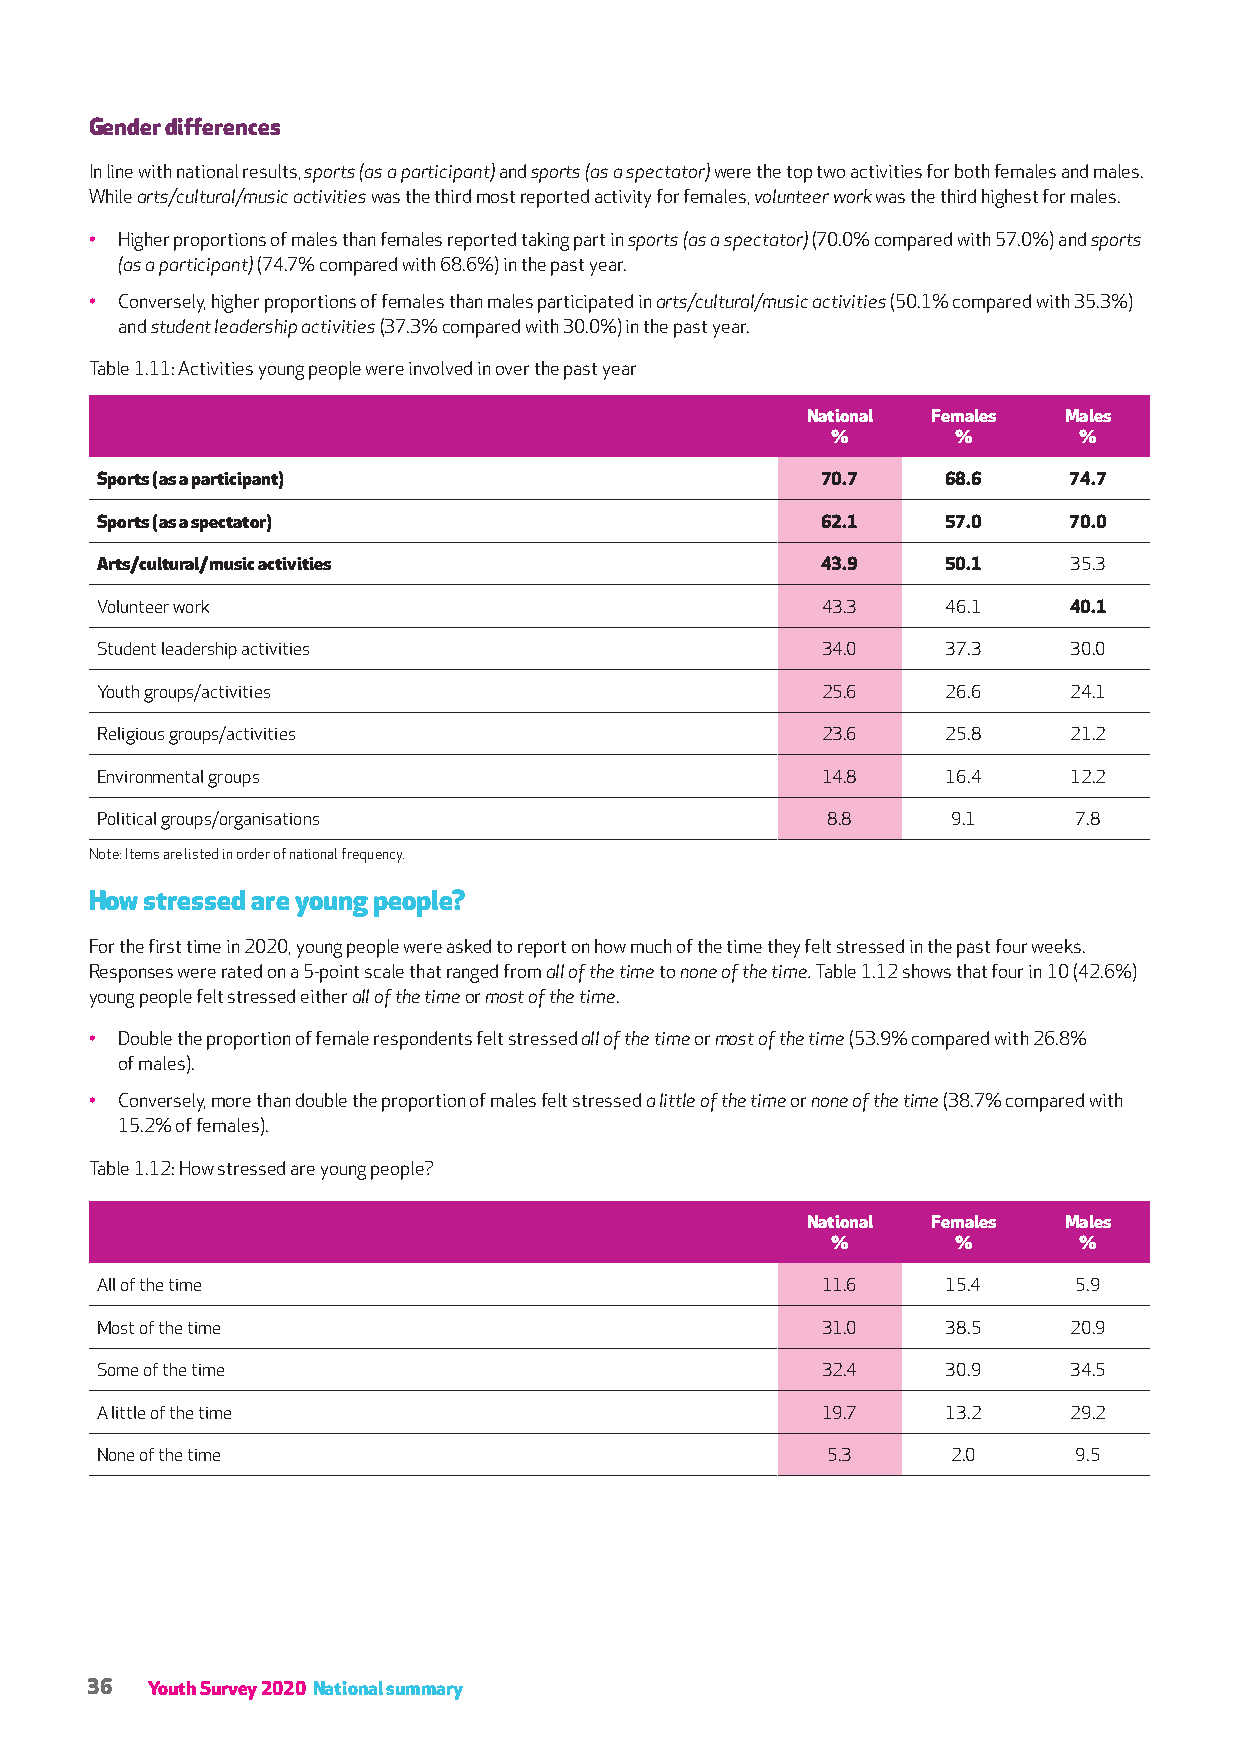
Gender differences
 In line with national results, sports (as a participant) and sports (as a spectator) were the top two activities for both females and males.
 While arts/cultural/music activities was the third most reported activity for females, volunteer work was the third highest for males.
 • Higher proportions of males than females reported taking part in sports (as a spectator) (70.0% compared with 57.0%) and sports
 (as a participant) (74.7% compared with 68.6%) in the past year.
 • Conversely, higher proportions of females than males participated in arts/cultural/music activities (50.1% compared with 35.3%)
 and student leadership activities (37.3% compared with 30.0%) in the past year.
 Table 1.11: Activities young people were involved in over the past year
 National Females Males
 %       %       %
 Sports (as a participant)                       70.7     68.6    74.7
 Sports (as a spectator)                         62.1     57.0    70.0
 Arts/cultural/music activities                  43.9     50.1    35.3
 Volunteer work                                  43.3     46.1    40.1
 Student leadership activities                   34.0     37.3    30.0
 Youth groups/activities                         25.6     26.6    24.1
 Religious groups/activities                     23.6     25.8    21.2
 Environmental groups                            14.8     16.4    12.2
 Political groups/organisations                   8.8     9.1     7.8
 Note: Items are listed in order of national frequency.
 How stressed are young people?
 For the first time in 2020, young people were asked to report on how much of the time they felt stressed in the past four weeks.
 Responses were rated on a 5-point scale that ranged from all of the time to none of the time. Table 1.12 shows that four in 10 (42.6%)
 young people felt stressed either all of the time or most of the time.
 • Double the proportion of female respondents felt stressed all of the time or most of the time (53.9% compared with 26.8%
 of males).
 • Conversely, more than double the proportion of males felt stressed a little of the time or none of the time (38.7% compared with
 15.2% of females).
 Table 1.12: How stressed are young people?
 National Females Males
 %       %       %
 All of the time                                 11.6     15.4    5.9
 Most of the time                                31.0     38.5    20.9
 Some of the time                                32.4     30.9    34.5
 A little of the time                            19.7     13.2    29.2
 None of the time                                 5.3     2.0     9.5
 36  Youth Survey 2020 National summary